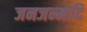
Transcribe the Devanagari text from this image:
जनजन्मादि